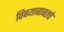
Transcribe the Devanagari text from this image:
विषयाबाबतचे